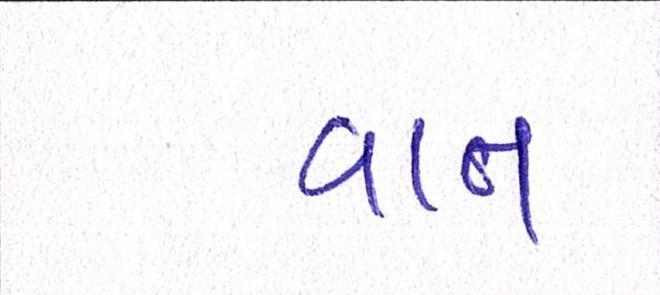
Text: વાત